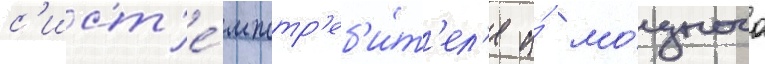
с'ист'е́м потр'еб'и́т'ел'я и́ мо́щного